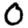
Digit: 0